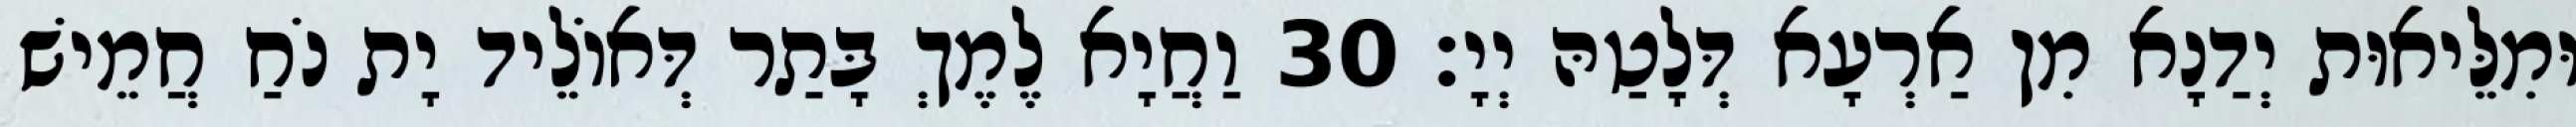
וּמִלֵּיאוּת יְדַנָא מִן אַרְעָא דְּלָטַהּ יְיָ׃ 30 וַחֲיָא לֶמֶךְ בָּתַר דְּאוֹלֵיד יָת נֹחַ חֲמֵישׁ